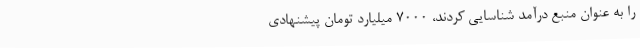
را به عنوان منبع درآمد شناسایی کردند،‌ ۷۰۰۰ میلیارد تومان پیشنهادی